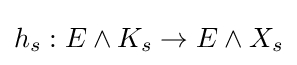
h_{s}:E\wedge K_{s}\to E\wedge X_{s}